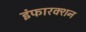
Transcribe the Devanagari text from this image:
इंफारक्शन